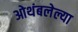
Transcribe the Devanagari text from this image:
ओथंबलेल्या